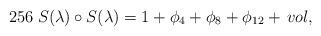
LaTeX: \begin{align*}256 \; S(\lambda) \circ S(\lambda) = 1 + \phi_4 + \phi_8 +\phi_{12} + \, vol ,\end{align*}